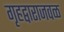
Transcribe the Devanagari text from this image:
गृहद्वाराजवळ